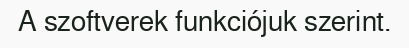
A szoftverek funkciójuk szerint.